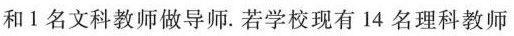
和1名文科教师做导师。若学校现有14名理科教师